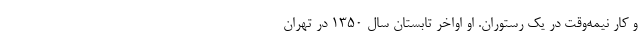
و کار نیمه‌وقت در یک رستوران. او اواخر تابستان سال ۱۳۵۰ در تهران